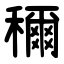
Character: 穪